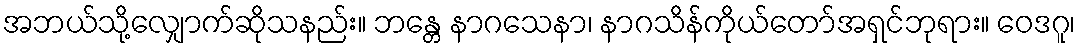
အဘယ်သို့လျှောက်ဆိုသနည်း။ ဘန္တေ နာဂသေနာ၊ နာဂသိန်ကိုယ်တော်အရှင်ဘုရား။ ဝေဒဂူ၊